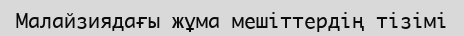
Малайзиядағы жұма мешіттердің тізімі